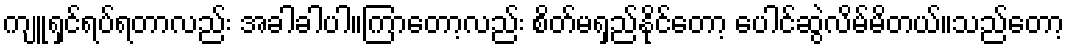
ကျူရှင်ရပ်ရတာလည်း အခါခါပါ။ကြာတော့လည်း စိတ်မရှည်နိုင်တော့ ပေါင်ဆွဲလိမ်မိတယ်။သည်တော့